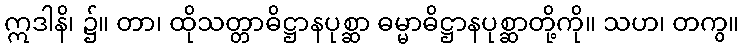
ဣဒါနိ၊ ၌။ တာ၊ ထိုသတ္တာဓိဋ္ဌာနပုစ္ဆာ ဓမ္မာဓိဋ္ဌာနပုစ္ဆာတို့ကို။ သဟ၊ တကွ။